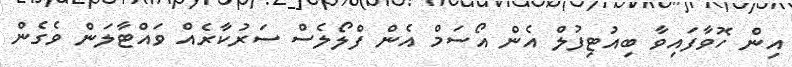
އިން ހޮވާފައިވާ ބިއުޓިފުލް އެން އޯސަމް އެން ފްލޯލެސް ސަރުކާރެއް ވައްޓާލަން ވެގެން